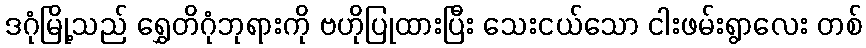
ဒဂုံမြို့သည် ရွှေတိဂုံဘုရားကို ဗဟိုပြုထားပြီး သေးငယ်သော ငါးဖမ်းရွာလေး တစ်